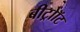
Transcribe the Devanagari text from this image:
बीट्रोॉट